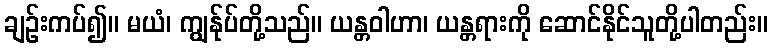
ချဉ်းကပ်၍။ မယံ၊ ကျွန်ုပ်တို့သည်။ ယန္တဝါဟာ၊ ယန္တရားကို ဆောင်နိုင်သူတို့ပါတည်း။